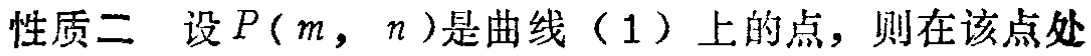
性质二 设\(P(m,n)\)是曲线（1）上的点，则在该点处